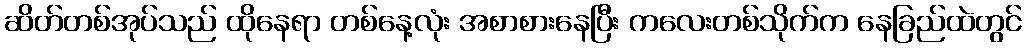
ဆိတ်တစ်အုပ်သည် ထိုနေရာ တစ်နေ့လုံး အစာစားနေပြီး ကလေးတစ်သိုက်က နေခြည်ထဲတွင်